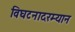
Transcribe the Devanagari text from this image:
विघटनादरम्यान